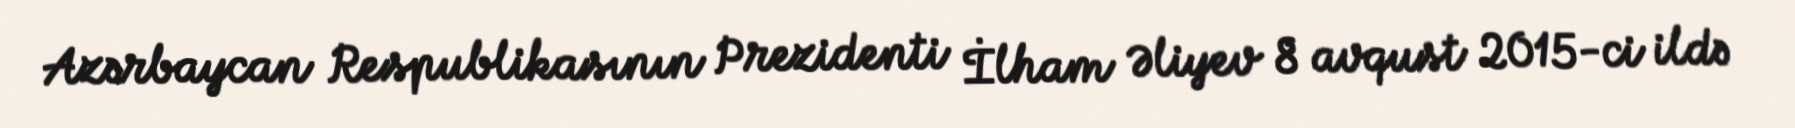
Azərbaycan Respublikasının Prezidenti İlham Əliyev 8 avqust 2015-ci ildə